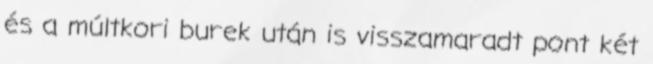
és a múltkori burek után is visszamaradt pont két